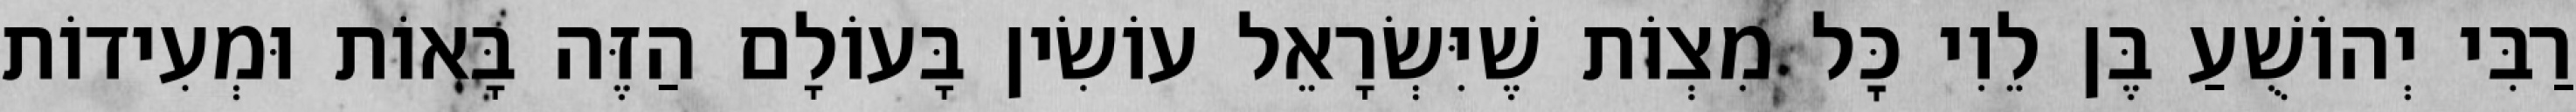
רַבִּי יְהוֹשֻׁעַ בֶּן לֵוִי כׇּל מִצְוֹת שֶׁיִּשְׂרָאֵל עוֹשִׂין בָּעוֹלָם הַזֶּה בָּאוֹת וּמְעִידוֹת